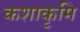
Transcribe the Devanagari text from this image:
कशाकृमि